Medical and sanitary report of the native army of Bengal for the year
Year: 1876
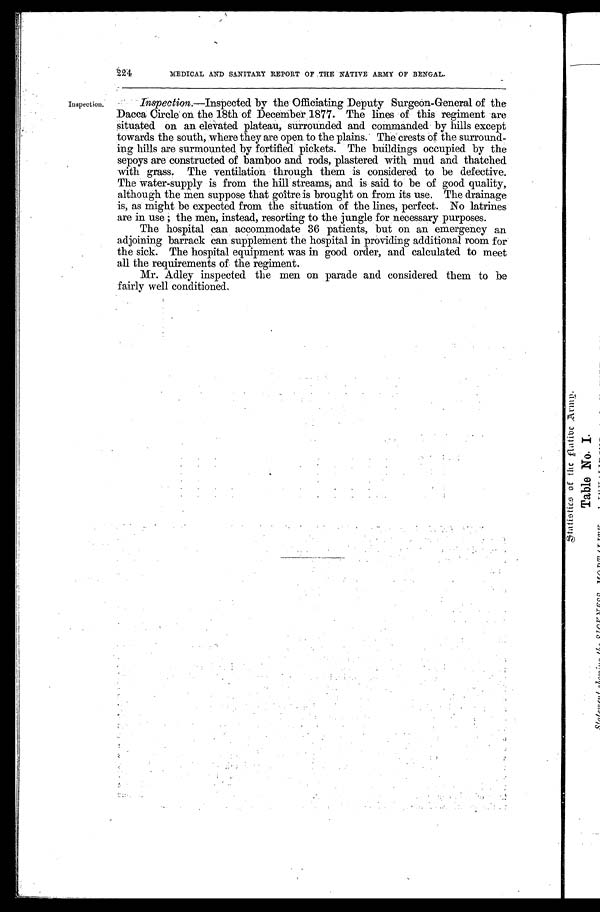
' 224
MEDICAL AND SANITARY REPORT OF THE NATIVE ARMY OF BENGAL.
Inspection. Inspection.—Inspected by the Officiating Deputy Surgeon-General of the
Dacca Circle on the 18th of December 1877. The lines of this regiment are
situated on an elevated plateau, surrounded and commanded by hills except
towards the south, where they are open to the plains. The crests of the surround-
ing hills are surmounted by fortified pickets. The buildings occupied by the
sepoys are constructed of bamboo and rods, plastered with mud and thatched
with grass. The ventilation through them is considered to be defective.
The water-supply is from the hill streams, and is said to be of good quality,
although the men suppose that goître is brought on from its use. The drainage
is, as might be expected from the situation of the lines, perfect. No latrines
are in use ; the men, instead, resorting to the jungle for necessary purposes.
The hospital can accommodate 36 patients, but on an emergency an
adjoining barrack can supplement the hospital in providing additional room for
the sick. The hospital equipment was in good order, and calculated to meet
all the requirements of the regiment.
Mr. Adley inspected the men on parade and considered them to be
fairly well conditioned.